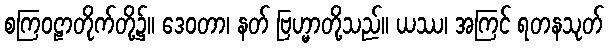
စကြဝဠာတိုက်တို့၌။ ဒေဝတာ၊ နတ် ဗြဟ္မာတို့သည်။ ယဿ၊ အကြင် ရတနသုတ်